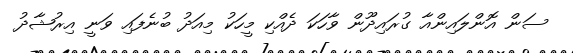
ސަން އޮންލައިންއާ ގުރައިދޫން ވާހަކަ ދެއްކި މީހަކު މިއަދު ބުނެފައި ވަނީ އިރުޝާދު